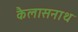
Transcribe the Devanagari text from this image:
कैलासनाथ